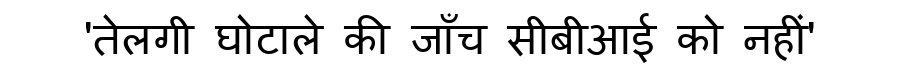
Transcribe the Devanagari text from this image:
'तेलगी घोटाले की जाँच सीबीआई को नहीं'